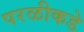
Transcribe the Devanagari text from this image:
परळीकडे